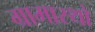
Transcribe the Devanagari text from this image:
ग्रामास्थो